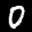
Label: 0